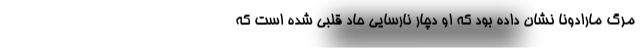
مرگ مارادونا نشان داده بود که او دچار نارسایی حاد قلبی شده است که